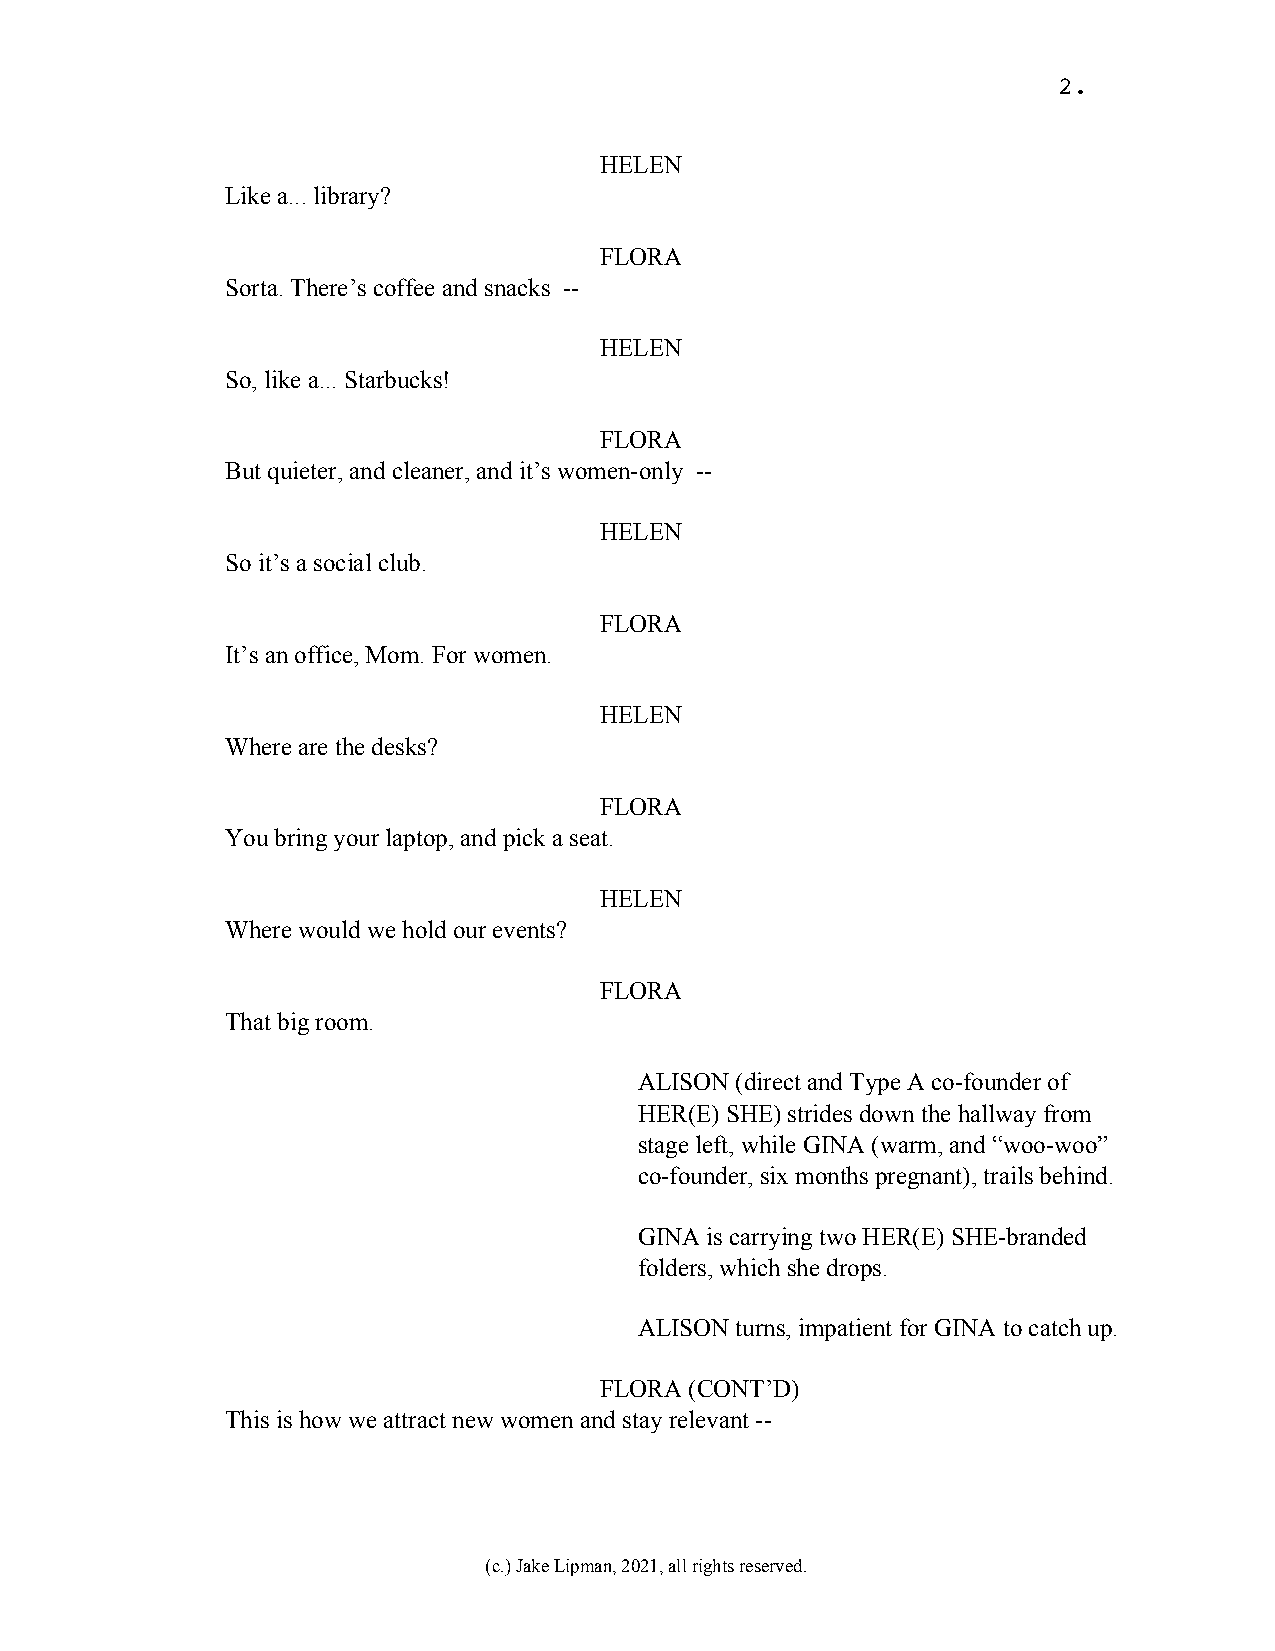
2.
 HELEN
 Like a... library?
 FLORA
 Sorta. There’s coffee and snacks --
 HELEN
 So, like a... Starbucks!
 FLORA
 But quieter, and cleaner, and it’s women-only --
 HELEN
 So it’s a social club.
 FLORA
 It’s an office, Mom. For women.
 HELEN
 Where are the desks?
 FLORA
 You bring your laptop, and pick a seat.
 HELEN
 Where would we hold our events?
 FLORA
 That big room.
 ALISON (direct and Type A co-founder of
 HER(E) SHE) strides down the hallway from
 stage left, while GINA (warm, and “woo-woo”
 co-founder, six months pregnant), trails behind.
 GINA is carrying two HER(E) SHE-branded
 folders, which she drops.
 ALISON turns, impatient for GINA to catch up.
 FLORA (CONT’D)
 This is how we attract new women and stay relevant --
 (c.) Jake Lipman, 2021, all rights reserved.